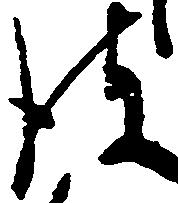
彼